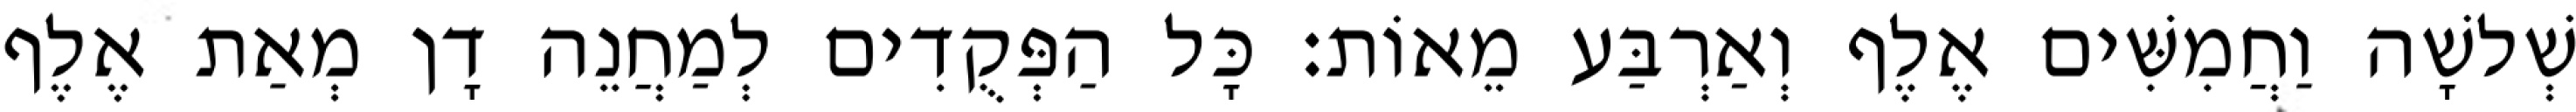
שְׁלשָׁה וַחֲמִשִּׁים אֶלֶף וְאַרְבַּע מֵאוֹת׃ כָּל הַפְּקֻדִים לְמַחֲנֵה דָן מְאַת אֶלֶף